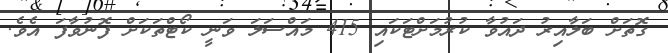
ގޮތަށް ބަލާއިރު ދައުވާ ކުރުމަށްޓަކައި 415 މައްސަލަ ވަނީ ކޯޓްތަކަށް ފޮނުވާފަ އެވެ.